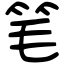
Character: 笔